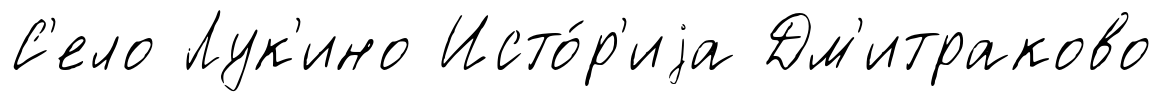
С'ело Лук'ино Исто́р'иjа Дм'итраково